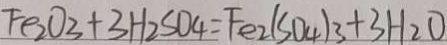
F e _ { 2 } O _ { 3 } + 3 H _ { 2 } S O _ { 4 } = F e _ { 2 } ( S O _ { 4 } ) _ { 3 } + 3 H _ { 2 } O